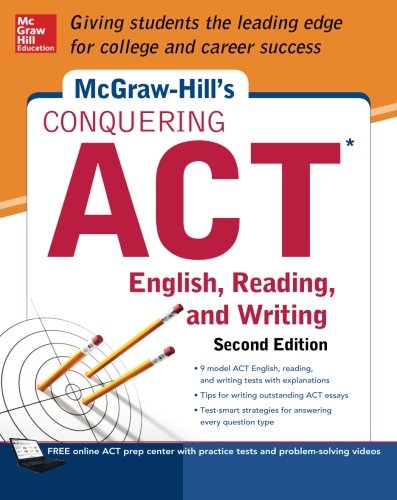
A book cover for McGraw-Hill's Conquering ACT English Reading and Writing, 2nd Edition; Steven Dulan; Test Preparation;